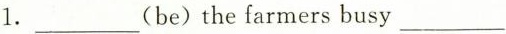
1.___(be)the farmers busy___